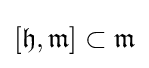
[{\mathfrak {h}},{\mathfrak {m}}]\subset {\mathfrak {m}}